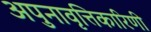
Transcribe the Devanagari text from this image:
अपुनावृत्तिकारिणी